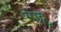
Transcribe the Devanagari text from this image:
मावू